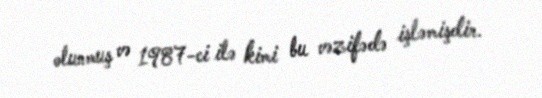
olunmuş və 1987-ci ilə kimi bu vəzifədə işləmişdir.